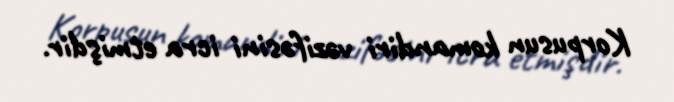
Korpusun komandiri vəzifəsini icra etmişdir.